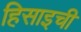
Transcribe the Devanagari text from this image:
हिसाइची